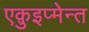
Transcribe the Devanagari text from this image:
एक़ुइप्मेन्त